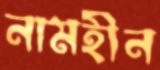
নামহীন